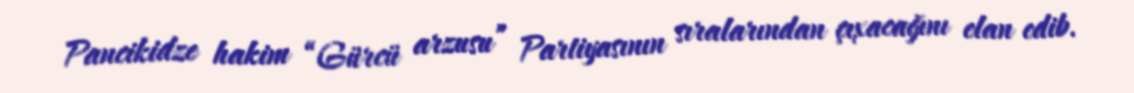
Pancikidze hakim “Gürcü arzusu” Partiyasının sıralarından çıxacağını elan edib.